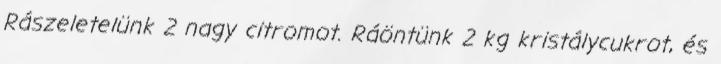
Rászeletelünk 2 nagy citromot. Ráöntünk 2 kg kristálycukrot, és